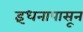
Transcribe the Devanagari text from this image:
इंधनापासून